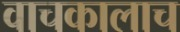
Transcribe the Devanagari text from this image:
वाचकालाच